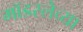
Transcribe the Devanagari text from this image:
मॉडस्लेच्या